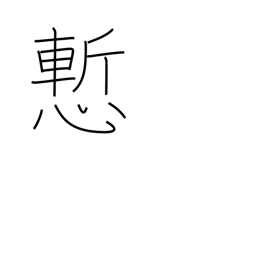
Meaning: ashamed